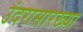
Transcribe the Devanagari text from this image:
उंदरासारख्या